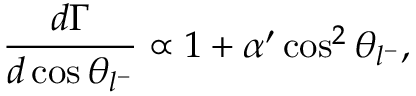
\frac { d \Gamma } { d \cos \theta _ { l ^ { - } } } \propto 1 + \alpha ^ { \prime } \cos ^ { 2 } \theta _ { l ^ { - } } ,